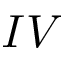
I V